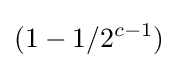
(1-1/2^{c-1})